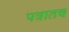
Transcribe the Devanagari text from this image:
पत्रातच